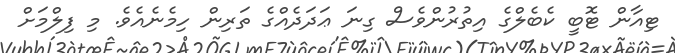
ޓިއާން ޓޮބީ ކެބެލްގެ އިތުރުންވެސް ގިނަ ޢަދަދެއްގެ ތަރިން ހިމެނެއެވެ. މި ފިލްމަށް